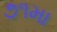
૭૧મા